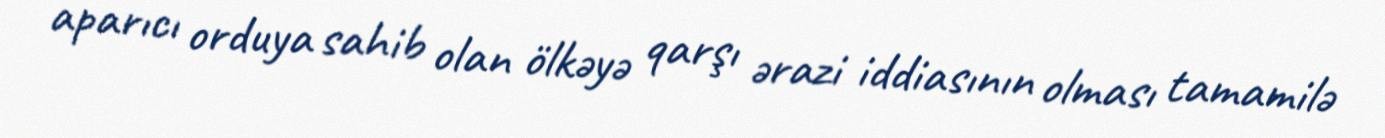
aparıcı orduya sahib olan ölkəyə qarşı ərazi iddiasının olması tamamilə